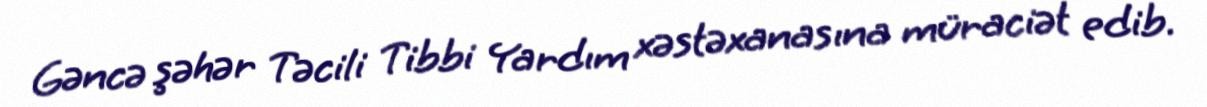
Gəncə şəhər Təcili Tibbi Yardım xəstəxanasına müraciət edib.